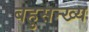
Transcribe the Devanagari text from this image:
बहुसन्ख्य